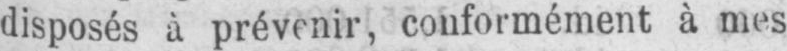
disposés à prévenir, conformément à mes